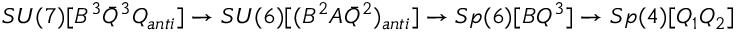
S U ( 7 ) [ B ^ { 3 } { \bar { Q } } ^ { 3 } Q _ { a n t i } ] \rightarrow S U ( 6 ) [ ( B ^ { 2 } A { \bar { Q } } ^ { 2 } ) _ { a n t i } ] \rightarrow S p ( 6 ) [ B Q ^ { 3 } ] \rightarrow S p ( 4 ) [ Q _ { 1 } Q _ { 2 } ]